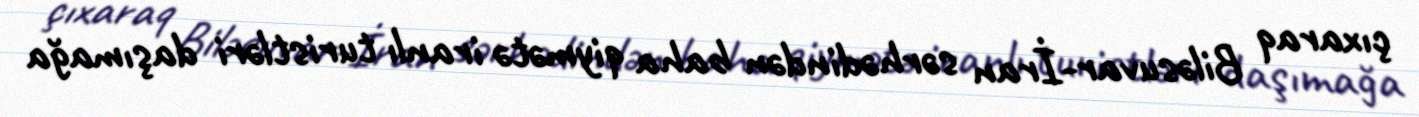
çıxaraq Biləsuvar-İran sərhədindən baha qiymətə iranlı turistləri daşımağa